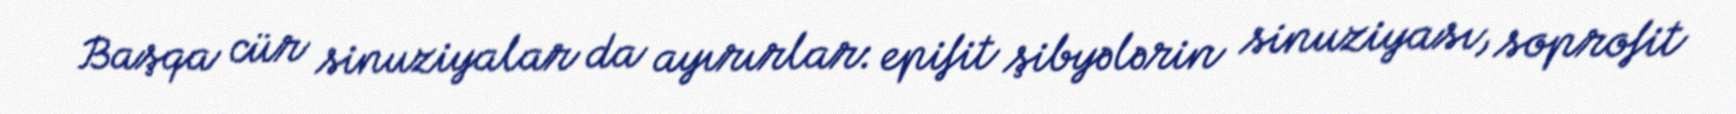
Başqa cür sinuziyalar da ayırırlar: epifit şibyələrin sinuziyası, soprofit